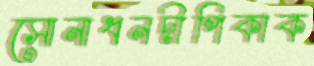
সোনাধনদীপিকাক